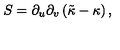
S = \partial _ { u } \partial _ { v } \left( \tilde { \kappa } - \kappa \right) ,